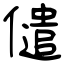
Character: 儙